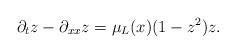
LaTeX: \begin{align*}\partial_t z - \partial_{xx} z = \mu_L(x) (1-z^2)z.\end{align*}